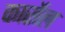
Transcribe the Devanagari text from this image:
कार्सेल